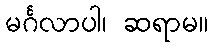
မင်္ဂလာပါ၊ ဆရာမ။